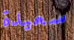
سعيدة